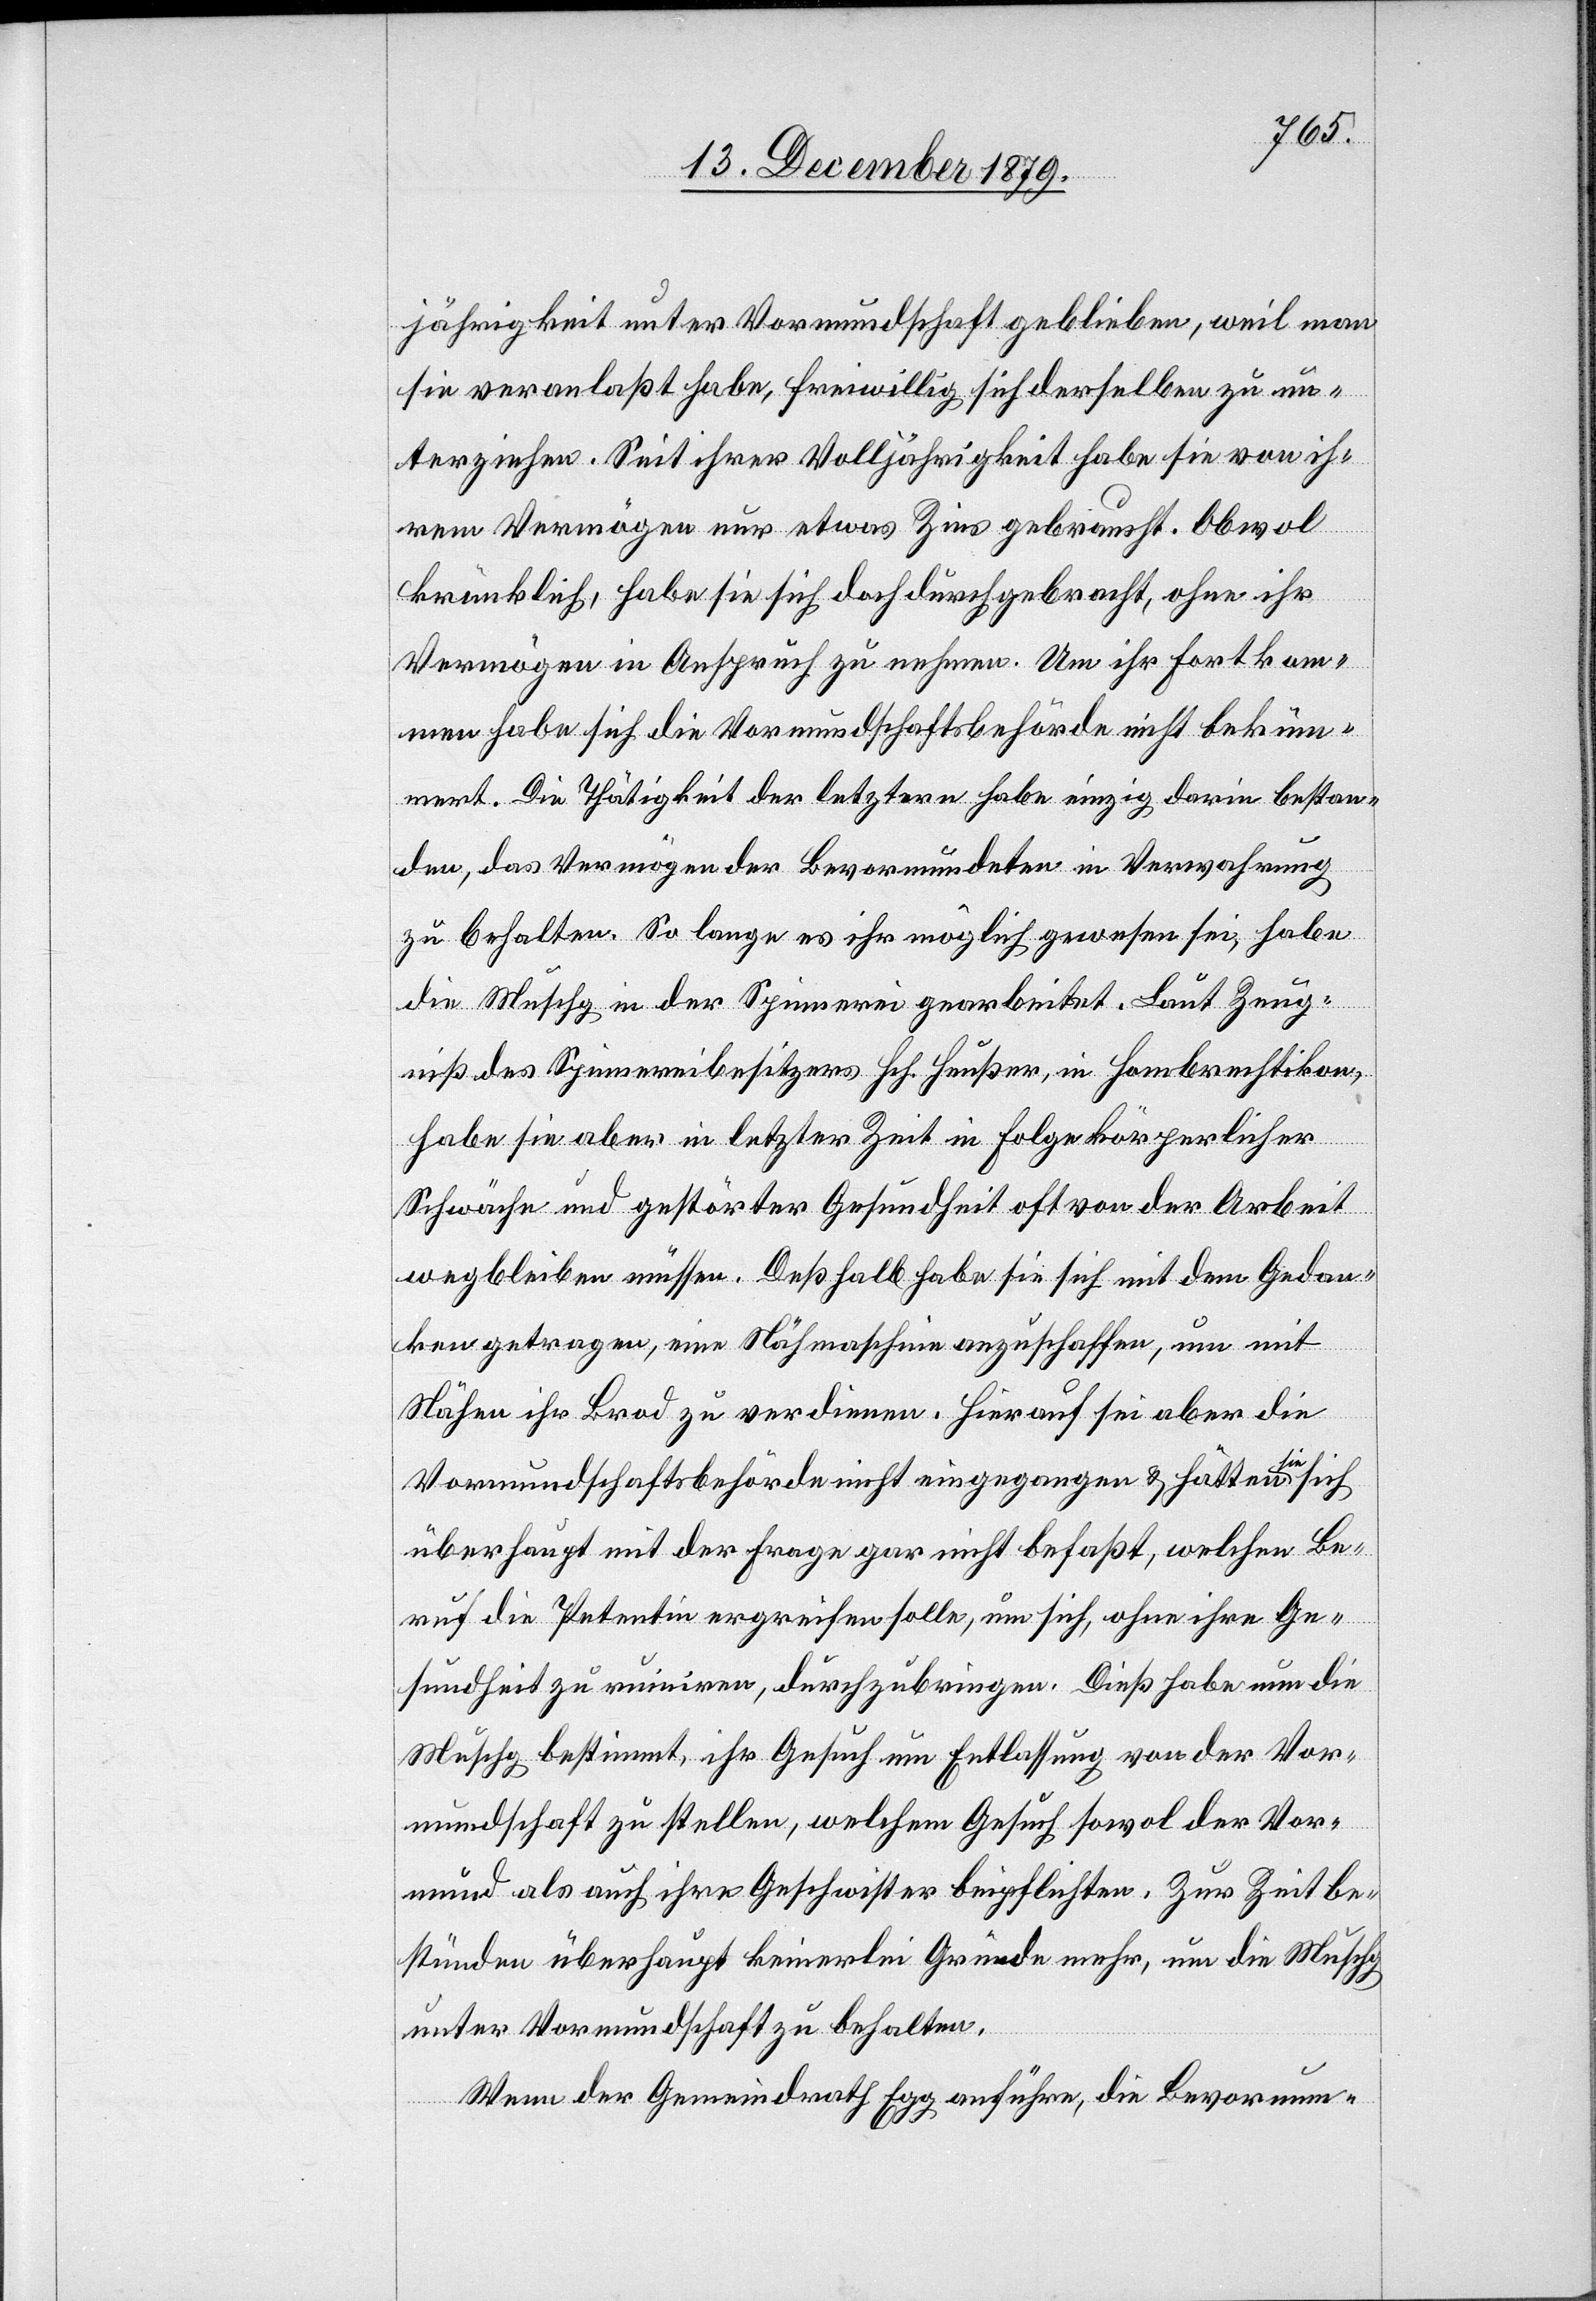
jährigkeit unter Vormundschaft geblieben, weil man
sie veranlaßt habe, freiwillig sich derselben zu un¬
terziehen. Seit ihrer Volljährigkeit habe sie von ih¬
rem Vermögen nur etwas Zins gebraucht. Obwol
kränklich, habe sie sich doch durchgebracht, ohne ihr
Vermögen in Anspruch zu nehmen. Um ihr Fortkom¬
men habe sich die Vormundschaftsbehörde nicht beküm¬
mert. Die Tätigkeit der letzern habe einzig darin bestan¬
den, das Vermögen der Bevormundeten in Verwahrung
zu behalten. So lange es ihr möglich gewesen sei, habe
die Muschg in der Spinnerei gearbeitet. Laut Zeug¬
niß des Spinnereibesitzers Hch. Heußer, in Hombrechtikon,
habe sie aber in letzter Zeit in Folge körperlicher
Schwäche und gestörter Gesundheit oft von der Arbeit
wegbleiben müssen. Deßhalb habe sie sich mit dem Gedan¬
ken getragen, eine Nähmaschine anzuschaffen, um mit
Nähen ihr Brod zu verdienen. Hierauf sei aber die
Vormundschaftsbehörde nicht eingegangen & hätten sie sich
überhaupt mit der Frage gar nicht befaßt, welchen Be¬
ruf die Petentin ergreifen solle, um sich, ohne ihre Ge¬
sundheit zu ruiniren, durchzubringen. Dieß habe nun die
Muschg bestimmt, ihr Gesuch um Entlassung von der Vor¬
mundschaft zu stellen, welchem Gesuch sowol der Vor¬
mund als auch ihre Geschwister beipflichten. Zur Zeit be¬
stünden überhaupt keinerlei Gründe mehr, um die Muschg
unter Vormundschaft zu behalten.
Wenn der Gemeindrath Egg anführe, die Bevormun-